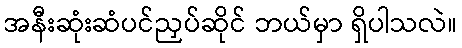
အနီးဆုံးဆံပင်ညှပ်ဆိုင် ဘယ်မှာ ရှိပါသလဲ။